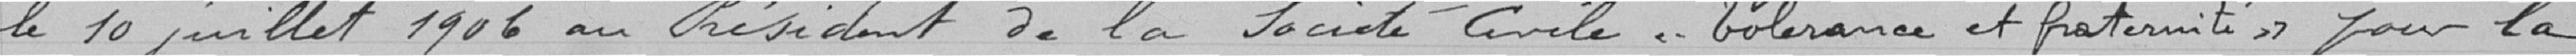
Nu pour récépissé. - Deefort le 2 juin le 10 juillet 1906 au Président de la Société Civile . Tolérance et fraternité» pour la